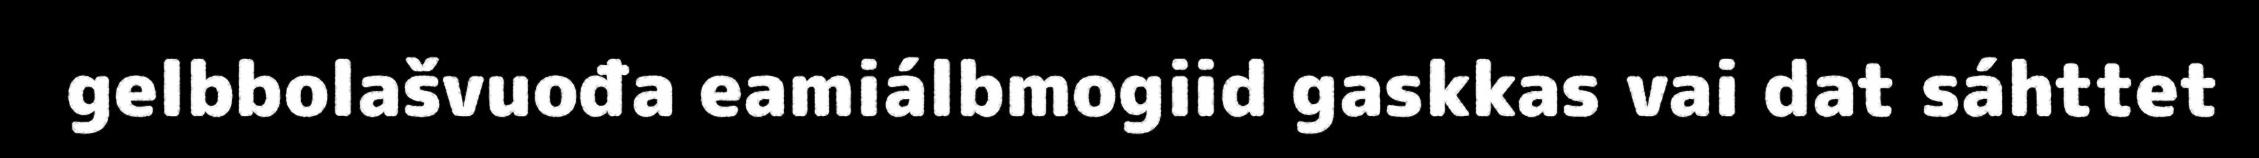
gelbbolašvuođa eamiálbmogiid gaskkas vai dat sáhttet